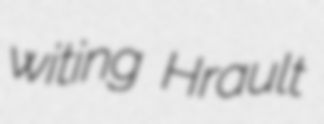
witing Hrault